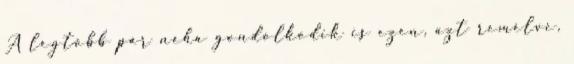
A legtöbb pár néha gondolkodik is ezen, azt remélve,